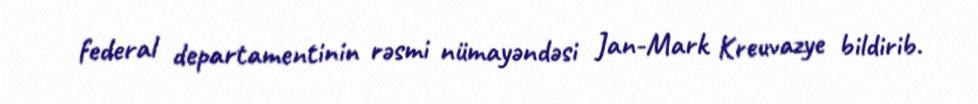
federal departamentinin rəsmi nümayəndəsi Jan-Mark Kreuvazye bildirib.